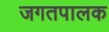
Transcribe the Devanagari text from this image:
जगतपालक